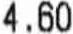
4.60